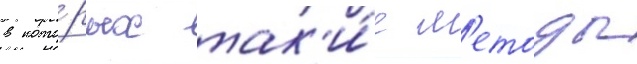
в кото́рых так'и́е м'етоды